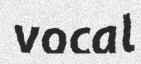
vocal